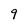
Character: 9